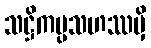
သဋ္ဌိကပ္ပသဟဿမှိ